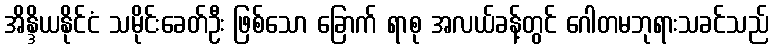
အိန္ဒိယနိုင်ငံ သမိုင်းခေတ်ဦး ဖြစ်သော ခြောက် ရာစု အလယ်ခန့်တွင် ဂေါတမဘုရားသခင်သည်